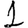
Digit: 1